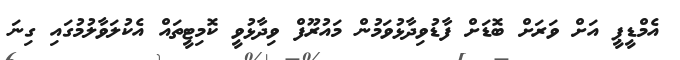
އެމްޑީޕީ އަށް ވަރަށް ބޮޑަށް ފާޑުވިދާޅުވަމުން މައުރޫފް ވިދާޅުވީ ކޮމިޓީތައް އެކުލަވާލުމުގައި ގިނަ